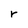
Character: r